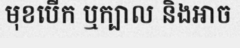
មុខបើក ឬក្បាល និងអាច